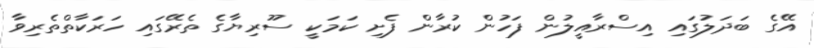
އޭގެ ބަދަލުގައި އިސްރާއީލުން ފަހުން ކުރާން ފެށި ކަމަކީ ސޫރިޔާގެ ތެރޭގައި ހަރަކާތްތެރިވާ